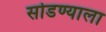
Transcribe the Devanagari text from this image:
सोडण्याला